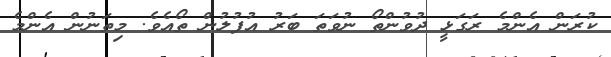
ކުރަން އެންމެ ރަގަޅީ ދުވުންތޯ ނުވަތަ ބަރު އުފުލުން ތޯއެވެ. މިތަނުން އެންމެ